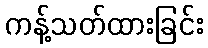
ကန့်သတ်ထားခြင်း